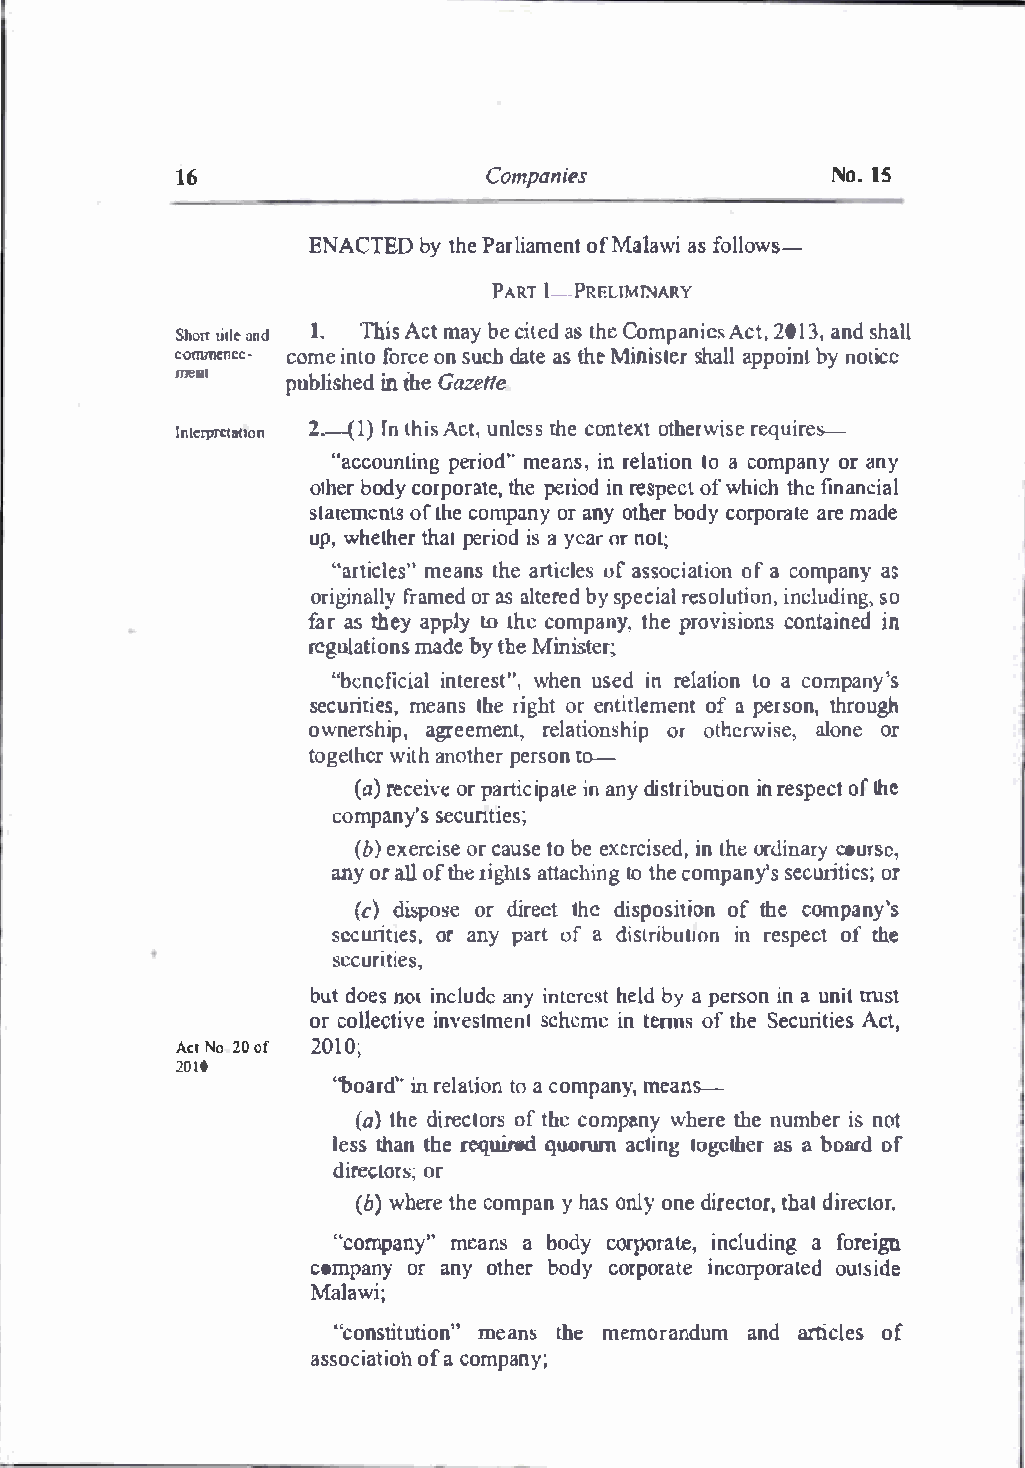
16                  Companies              No.1 5
 ENACTEDb yt hPea rliaomfMe anlta awsif o llows-
 PART1- -PRELI�MARY
 Shotrti talned I. ThiAsc tm ayb ec itaestd h Ceo mp aniAccst 2,01 3a, nsdh all
 commencc­ comien tfoo rocnes uch dataest hMei nissthearal lp pobiynnt o licc
 meol   publiins thheeGd aze tte
 !n lerprctatton2 --(1J)n t hiAsc tu,n lesst hceon texto therrweiqsuei res.-
 "accountinmge  anpisenr,r e iloadtt'oia" oc no mpaonrya ny
 othebord yc orpotrhaet ep,ei rnir oeds peocfwt h icthh fei nancial
 Sla(emocfntht esc ompaonrya noyt hbeor dcyo rporate are made
 up,w heththeairp eriiosady eaorrn ot;
 ''artmiecalnehses a"rtt icluefas s sociatonio f coam panyas
 origifnraalmolerasyd a lteredb ys pecrieaslo luitcnliudoinng,, s o
 faras theya ppltoy thec ompatnyh,e procvoinstiaoiinnns e d
 regulamtaidobeny ts h Mei nister;
 "benefiinctiearlwe hsetn" , uisnre edl a1iao cno mtpoa ny's
 securimteiaentsshe, r igohrte ntitleomfea np te rstohnr,o ugh
 owne rship, agreemernetl,a tionosr hoithperw ise, alonoer
 togetwhierta hn otpheerrs too.-n
 (ar)e ceiovrpe art icpiaeti na nyd istriibnru etisopnoe ftc hte
 company 'ss ecunties;
 (be)x ecrisorec autsoeb ee xerciinsL heoedr ,d inacroyu rse,
 anoyr al lo ft hrei tgsha ttacthoti hncego mpansye'cusr iotri es;
 (c)di spooserd iretcth ed isposoiftt ihoeCn Q mpany's
 securitioesra, ny parotf a dislribiunrt e1sopnoe fcth te
 securi ties,
 budto ensm incluadneyi nterheedslbt ya p ersoni na u nittr ust
 orc olleicntvi1evmsee snclh emien t enuosft heS ecurAictti,e s
 ActNo 20of 2010;
 20!0
 "boainr dre'lat'io nt oa c ompamneya,n S-
 (a) dtirehceto rs oft hec ompawnhye rteh neu mberi sn ot
 lesthsa nt hrequirede quorum actilnoggc tash earb oaorfd
 direcotr ors;
 (bw) hetrhece o mpya nh oansl oyn ed irecthtaodtri ,r ector.
 "compamneya"n as odby corporatei,n cluad ifnogre ign
 companoyra nyo thebro dyc orpoircnaorptoreat ed outside
 Malawi;
 "constitmuetiaonsnt "h em emorandaunmdarti cles of
 associoafat c ioomhp any;